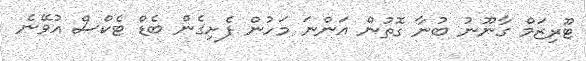
ޓޫރިޒަމް ގާނޫނު ބުނާ ގޮތުން އަންނަ މަހުން ފެށިގެން ބެޑް ޓެކްސް އުވޭނެ